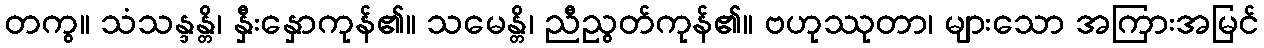
တကွ။ သံသန္ဒန္တိ၊ နှီးနှောကုန်၏။ သမေန္တိ၊ ညီညွတ်ကုန်၏။ ဗဟုဿုတာ၊ များသော အကြားအမြင်